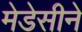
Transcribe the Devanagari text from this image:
मेडेसीने